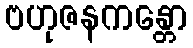
ဗဟုဇနကန္တော